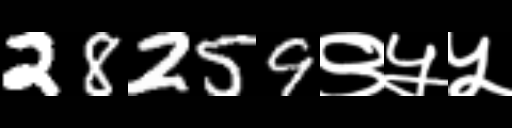
Text: 28259९५५